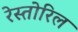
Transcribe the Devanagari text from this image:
रेस्तोरिल